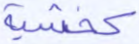
كخشية